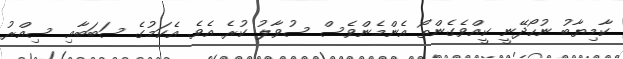
ކާމިޔާބު ނުހޯދޭނީ ކީއްވެގެންތޯ އެންމެންވެސް ސުވާލު ކުރެ އެވެ. އެކަމުގެ ސަބަބާއި ސިއްރު